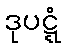
ဒုပဋ္ဋံ